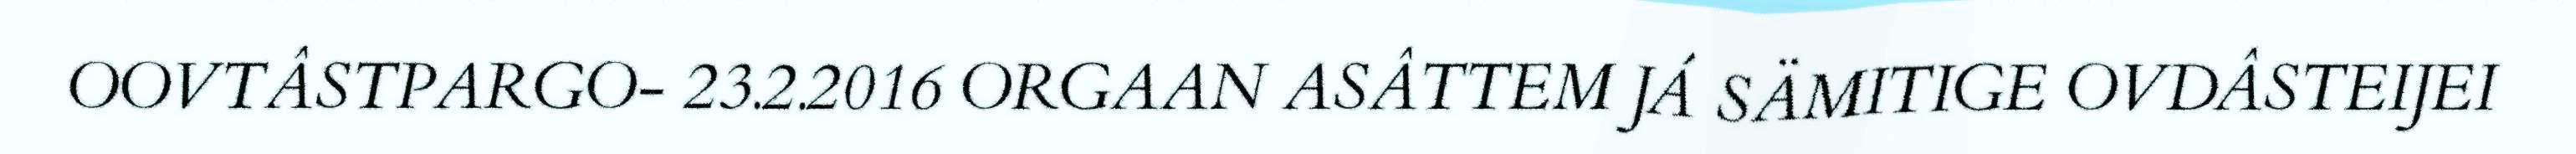
OOVTÂSTPARGO- 23.2.2016 ORGAAN ASÂTTEM JÁ SÄMITIGE OVDÂSTEIJEI